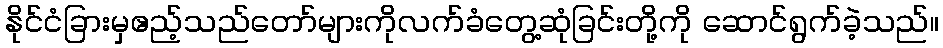
နိုင်ငံခြားမှဧည့်သည်တော်များကိုလက်ခံတွေ့ဆုံခြင်းတို့ကို ဆောင်ရွက်ခဲ့သည်။